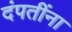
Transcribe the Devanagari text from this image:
दंपतींना